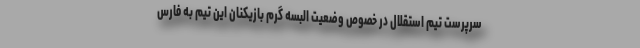
سرپرست تیم استقلال در خصوص وضعیت البسه گرم بازیکنان این تیم به فارس